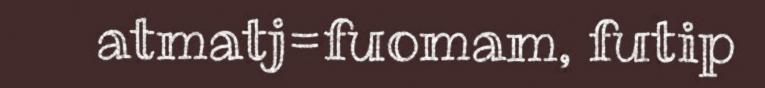
atmatj=fuomam, futip